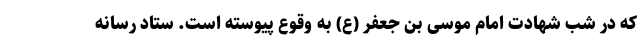
که در شب شهادت امام موسی بن جعفر (ع) به وقوع پیوسته است. ستاد رسانه